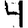
Digit: 4